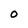
Character: O